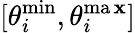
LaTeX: [\theta_{i}^{\operatorname*{min}},\theta_{i}^{\operatorname*{ma\mathbf{x}}}]